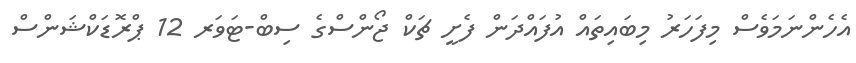
އެހެންނަމަވެސް މިފަހަރު މިބައިތައް އުފައްދަން ފެށީ ޗަކް ޖޯންސްގެ ސިބް-ޓަވަރ 12 ޕްރޮޑަކްޝަންސް